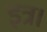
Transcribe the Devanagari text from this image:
इत्र।